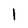
Character: 1